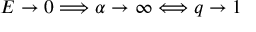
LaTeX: E \to 0 \Longrightarrow \alpha \to \infty \Longleftrightarrow q \to 1